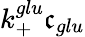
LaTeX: k_{+}^{glu}\mathfrak{c}_{glu}